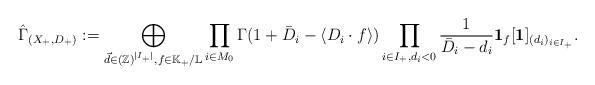
LaTeX: \begin{align*}\hat{\Gamma}_{(X_+,D_+)}:=\bigoplus_{\vec d\in (\mathbb Z)^{|I_+|},f\in \mathbb K_{+}/\mathbb L} \prod_{i\in M_0}\Gamma(1+\bar D_i-\langle D_i\cdot f\rangle)\prod_{i\in I_+,d_i<0}\frac{1}{\bar D_i-d_i}\textbf{1}_{f}[\textbf 1]_{(d_i)_{i\in I_+}}.\end{align*}